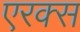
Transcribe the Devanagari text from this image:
एरक्स